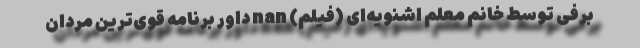
برفی توسط خانم معلم اشنویه‌ای (فیلم) nan داور برنامه قوی‌ترین مردان